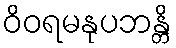
ဝိဝရမနုပဘန္တိ